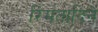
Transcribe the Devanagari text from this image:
रिमंतादिने